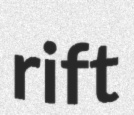
rift